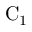
\mathrm { C _ { 1 } }